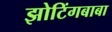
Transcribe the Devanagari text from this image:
झोटिंगबाबा